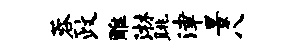
蓉政雕淋眺津景八